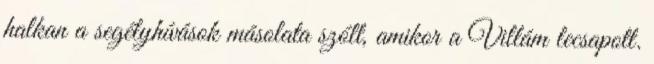
halkan a segélyhívások másolata szólt, amikor a Villám lecsapott.